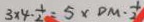
3 \times 4 \cdot \frac { 1 } { 2 } = 5 \times D M \cdot \frac { 1 } { 2 }